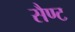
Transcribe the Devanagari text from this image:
सैण्ट